Bombay plague: being a history of the progress of plague in the Bombay presidency from September 1896 to June 1899
Year: 1896
Disease focus: Plague
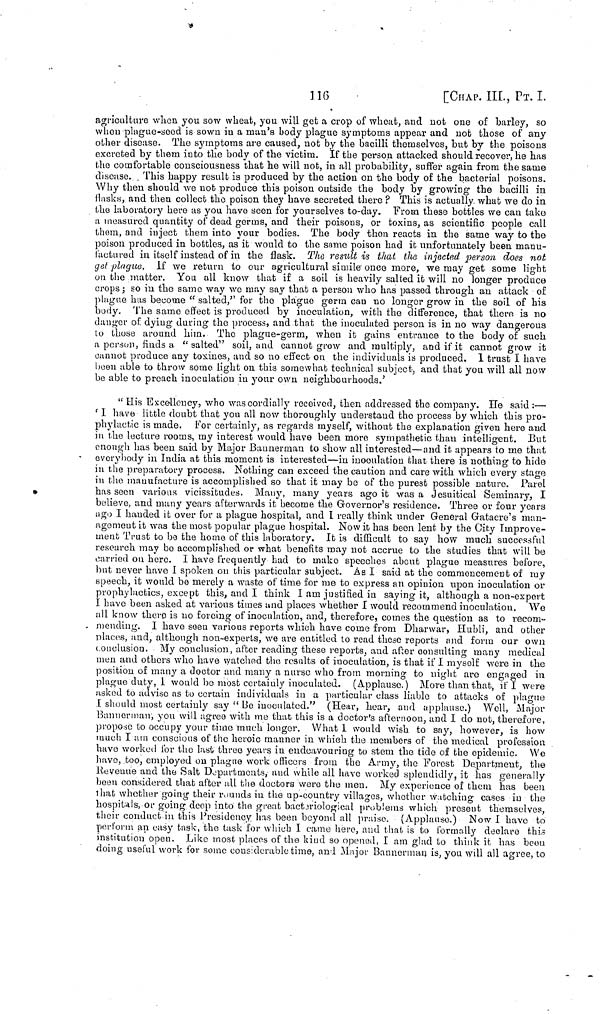
116
[CHAP. III., PT. Ι.
agriculture when you sow wheat, you will get a crop of wheat, and not one of barley, so
wheu plague-seed is sown in a man's body plague symptoms appear and not those of any
other disease. The symptoms are caused, not by the bacilli themselves, but by the poisons
excreted by them into the body of the victim. If the person attacked should recover, he has
the comfortable consciousness that he will not, in all probability, suffer again from the same
disease. This happy result is produced by the action on the body of the bacterial poisons.
Why then should we not produce this poison outside the body by growing the bacilli in
flasks, and then collect the poison they have secreted there ? This is actually what we do in
the laboratory here as you have seen for yourselves to-day. From these bottles we can take
a measured quantity of dead germs, and their poisons, or toxins, as scientific people call
them, and inject them into your bodies. The body then reacts in the same way to the
poison produced in bottles, as it would to the same poison had it unfortunately been manu-
factured in itself instead of in the flask. The result is that the injected person does not
get plague. If we return to our agricultural simile once more, we may get some light
on the matter. You all know that if a soil is heavily salted it will no longer produce
crops ; so in the same way we may say that a person who has passed through an attack of
plague has become " salted," for the plague germ can no longer grow in the soil of his
body. The same effect is produced by inoculation, with the difference, that there is no
danger of dying during the process, and that the inoculated person is in no way dangerous
to those around him. The plague-germ, when it gains entrance to the body of such
a person, finds a "salted" soil, and cannot grow and multiply, and if it cannot grow it
cannot produce any toxines, and so no effect on the individuals is produced. 1 trust I have
been able to throw some light on this somewhat technical subject, and that you will all now
be able to preach inoculation in your own neighbourhoods.'
" His Excellency, who was cordially received, then addressed the company, He said :—
I have little doubt that you all now thoroughly understand the process by which this pro-
phylactic is made. For certainly, as regards myself, without the explanation given here and
in the lecture rooms, my interest would have been more sympathetic than intelligent. But
enough has been said by Major Bannerman to show all interested—and it appears to me that
everybody in India at this moment is interested—in inoculation that there is nothing to hide
in the preparatory process. Nothing can exceed the caution and care with which every stage
in the manufacture is accomplished so that it may be of the purest possible nature. Parel
has seen various vicissitudes. Many, many years ago it was a Jesuitical Seminary, I
believe, and many years afterwards it become the Governor's residence. Three or four years
ago I handed it over for a plague hospital, and I really think under General Gatacre's man-
agement it was the most popular plague hospital. Now it has been lent by the City Improve-
ment Trust to be the home of this laboratory. It is difficult to say how much successful
research may be accomplished or what benefits may not accrue to the studies that will be
carried on here. I have frequently had to make speeches about plague measures before,
but never have I spoken on this particular subject. As I said at the commencement of my
speech, it would be merely a waste of time for me to express an opinion upon inoculation or
prophylactics, except this, and I think I am justified in saying it, although a non-expert
I have been asked at various times und places whether I would recommend inoculation. We
all know there is no forcing of inoculation, and, therefore, comes the question as to recom-
mending. I have seen various reports which have come from Dharwar, Hubli, and other
places, and, although non-experts, we are entitled to read these reports and form our own
couclusion. My conclusion, after reading these reports, and after consulting many medical
men and others who have watched the results of inoculation, is that if I myself were in the
position of many a doctor and many a nurse who from morning to night are engaged in
plague duty, I would be most certainly inoculated. (Applause.) More than that, if I were
asked to advise as to certain individuals in a particular class liable to attacks of plague
I should most certainly say " Be inoculated." (Hear, hear, and applause.) Well, Major
Bannerman, you will agree with me that this is a doctor's afternoon, and I do not, therefore,
propose to occupy your time much longer. What I would wish to say, however, is how
much I am conscious of the heroic manner in which the members of the medical profession
have worked for the last three years in endeavouring to stem the tide of the epidemic. We
have, too, employed on plague work officers from the Army, the Forest Department, the
Revenue and the Salt Departments,· and while all have worked splendidly, it has generally
been considered that after all the doctors were the men. My experience of them has been
that whether going their rounds in the up-country villages, whether watching cases in the
hospitals, or going deep into the great bacteriological problems which present themselves,
their conduct in this Presidency has been beyond all praise. (Applause.) Now I have to
perform an easy task, the task for which I came hère, and that is to formally declare this
institution open. Like most places of the kind so opened, I am glad to think it has been
doing useful work for some considerable time, and Major Bannerman is, you will all agree, to